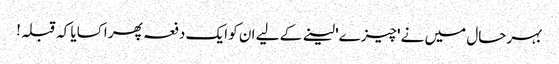
بہرحال میں نے 'چیزے' لینے کے لیے ان کو ایک دفعہ پھر اکسایا کہ قبلہ!